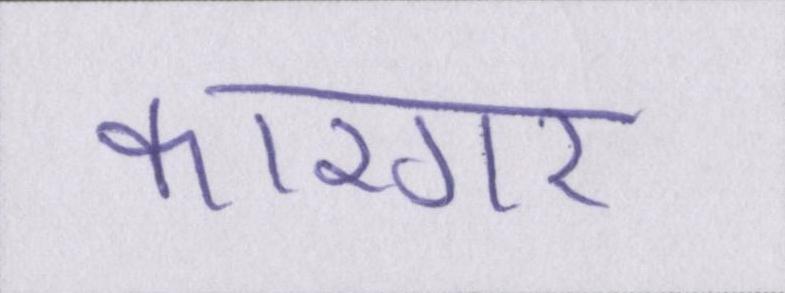
कारगर